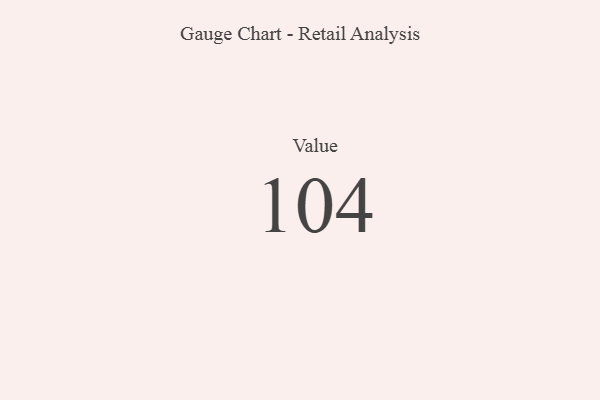
{"axis": {"x": "Metric", "y": "Value"}, "legend": [""], "data": [{"x": "Value", "y": 104, "type": ""}]}